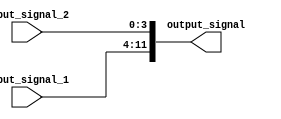
module Concatenation_Assign(
    input [7:0] input_signal_1, // Input signal 1 with width of 8 bits
    input [3:0] input_signal_2, // Input signal 2 with width of 4 bits
    output [11:0] output_signal // Output signal with width of 12 bits
);

assign output_signal = {input_signal_1, input_signal_2}; // Concatenation assign statement

endmodule